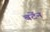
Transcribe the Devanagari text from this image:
बर्टेन